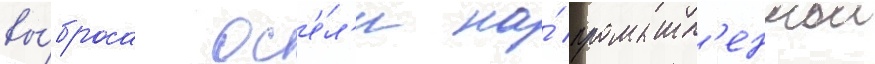
вы́броса ос'е́л'и на́ промышл'еннои